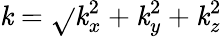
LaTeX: \mathit{k}=\sqrt{}{{\mathit{k}_{x}^{2}+\mathit{k}_{y}^{2}+\mathit{k}_{z}^{2}}}